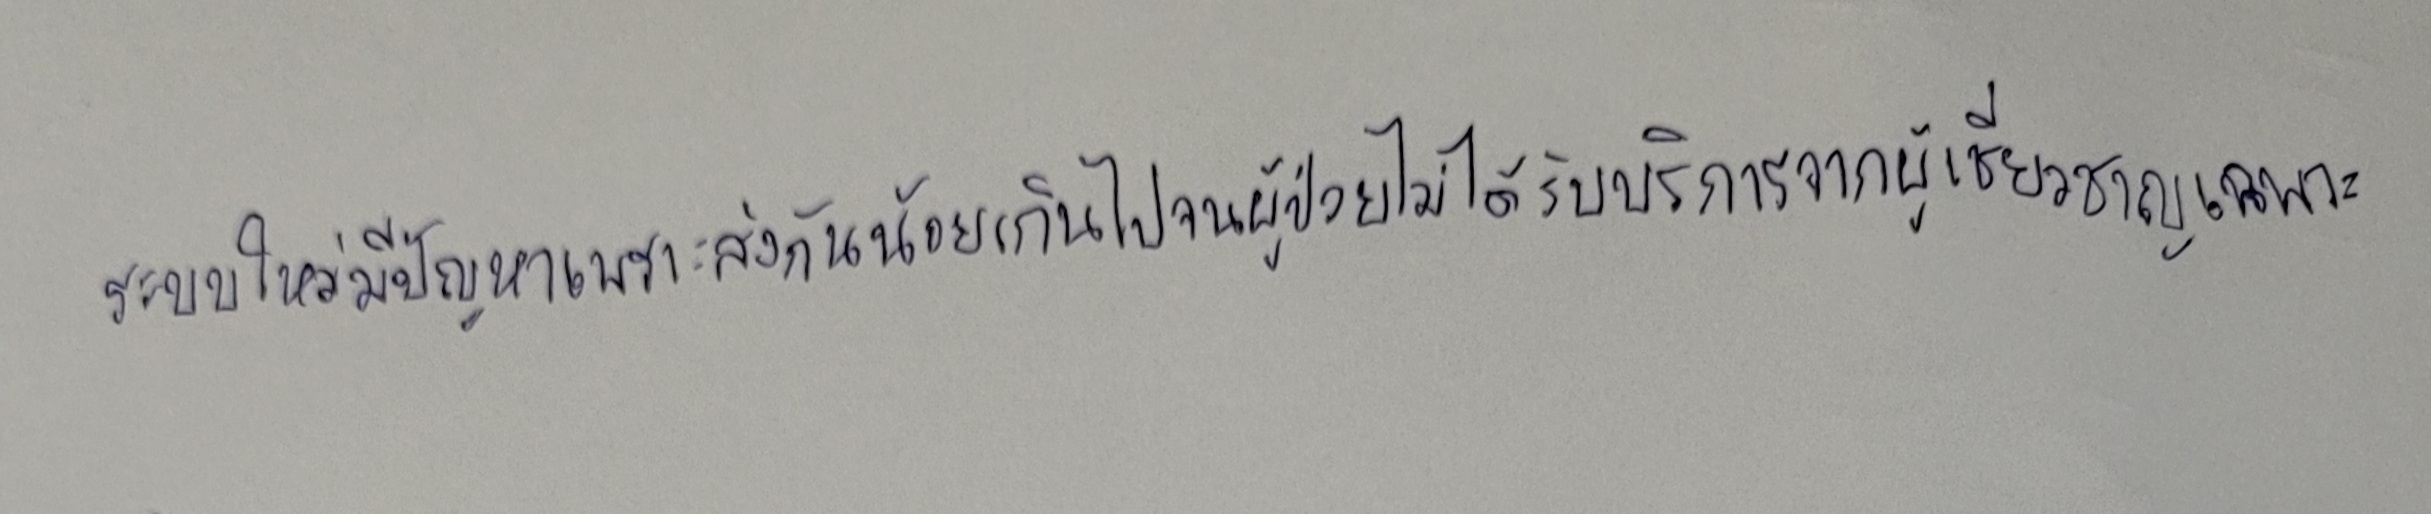
ระบบใหม่มีปัญหาเพราะส่งกันน้อยเกินไปจนผู้ป่วยไม่ได้รับบริการจากผู้เชี่ยวชาญเฉพาะ